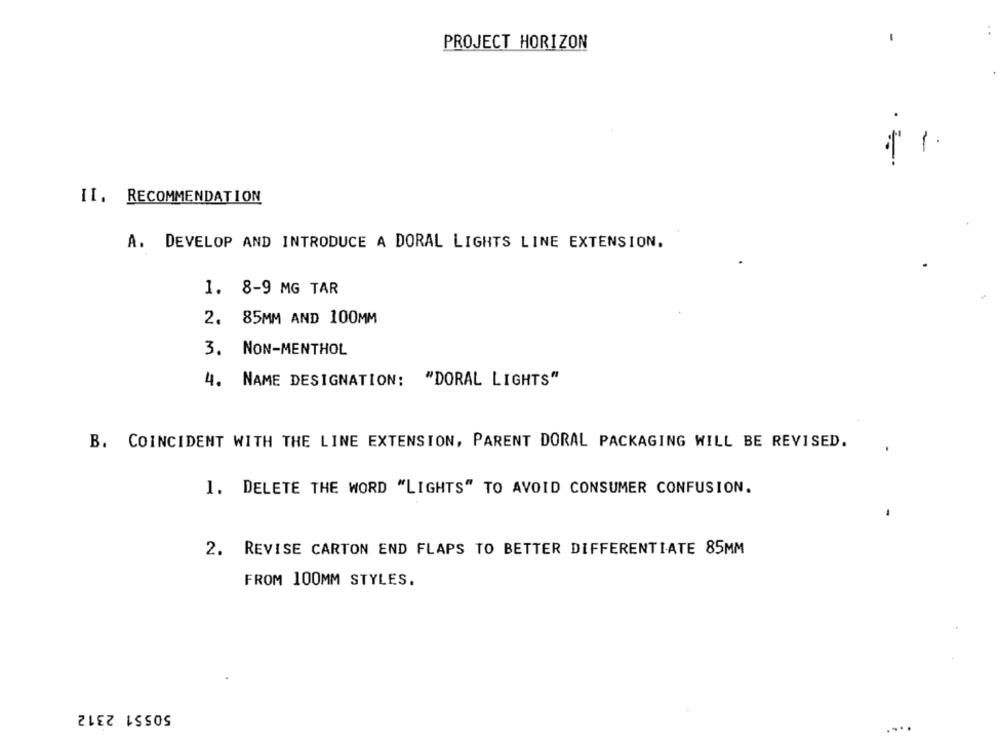
PROJECT HORIZON
II. RECOMMENDATION
A. DEVELOP AND INTRODUCE A DORAL LIGHTS LINE EXTENSION.
1. 8-9 MG TAR
2. 85MM AND 100MM
3. NON-MENTHOL
4. NAME DESIGNATION: "DORAL LIGHTS"
B. COINCIDENT WITH THE LINE EXTENSION, PARENT DORAL PACKAGING WILL BE REVISED.
1. DELETE THE WORD "LIGHTS" TO AVOID CONSUMER CONFUSION.
2. REVISE CARTON END FLAPS TO BETTER DIFFERENTIATE 85MM
FROM 100MM STYLES.
50551 2312